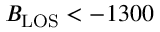
B _ { \mathrm { L O S } } < - 1 3 0 0